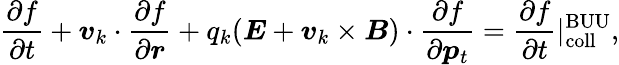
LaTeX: \frac{\partial f}{\partial t}+\boldsymbol{v}_{k}\cdot{\frac{\partial f}{\partial\boldsymbol{r}}}+q_{k}(\boldsymbol{E}+\boldsymbol{v}_{k}\times\boldsymbol{B})\cdot{\frac{\partial f}{\partial\boldsymbol{p}_{t}}}=\frac{\partial f}{\partial t}|_{\mathrm{coll}}^{\mathrm{BUU}},